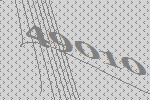
49010